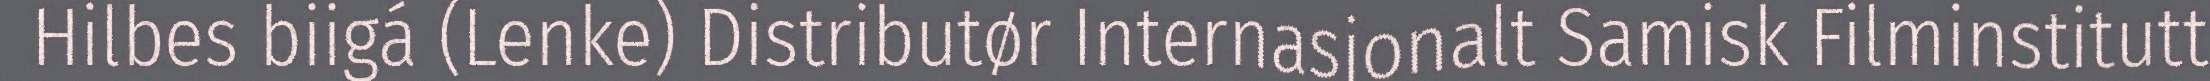
Hilbes biigá (Lenke) Distributør Internasjonalt Samisk Filminstitutt